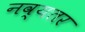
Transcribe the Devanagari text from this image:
नव्यतर